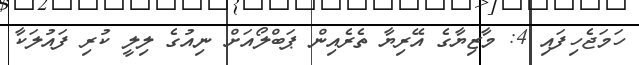
ހަމަޖެހިފައި 4: މާޒިޔާގެ އޭރިޔާ ތެރެއިން ޕަބްލޯއަށް ނިއުގެ ލިލީ ކުރި ފައުލަކާ